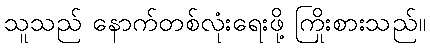
သူသည် နောက်တစ်လုံးရေးဖို့ ကြိုးစားသည်။